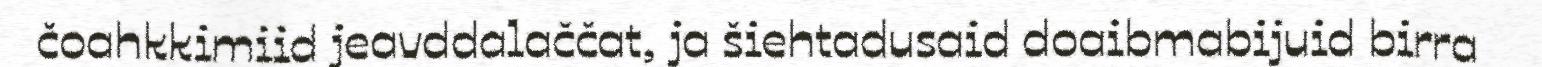
čoahkkimiid jeavddalaččat, ja šiehtadusaid doaibmabijuid birra